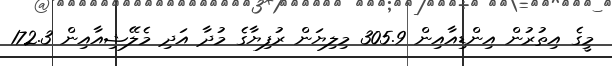
މީގެ އިތުރުން އިންޑިއާއިން 305.9 މިލިޔަން ރުފިޔާގެ މުދާ އަދި މެލޭޝިއާއިން 172.3